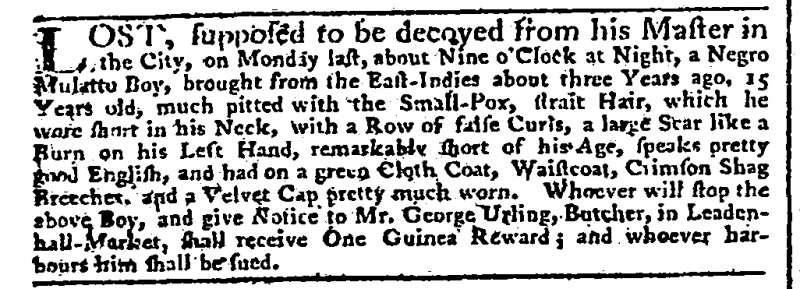
Daily Advertiser, 29 January 1772 (England)
LOST, supposed to be decoyed from his Master in the City, on Monday last, about Nine o’Clock at Night, a Negro Mulatto Boy, brought from the East-Indies about three Years ago, 15 Years old, much pitted with the Small-Pox, strait Hair, which he wore short in his Neck, with a Row of false Curls, a large Scar like a Burn on his Left Hand, remarkably short of his Age, speaks pretty good English, and had on a green Cloth Coat, Waistcoat, Crimson Shag Breeches, and a Velvet Cap pretty much worn. Whoever will stop the above Boy, and give Notice to Mr. George Urling, Butcher, in Leadenhall-Market, shall receive One Guinea Reward; and whoever harbours him shall be sued.